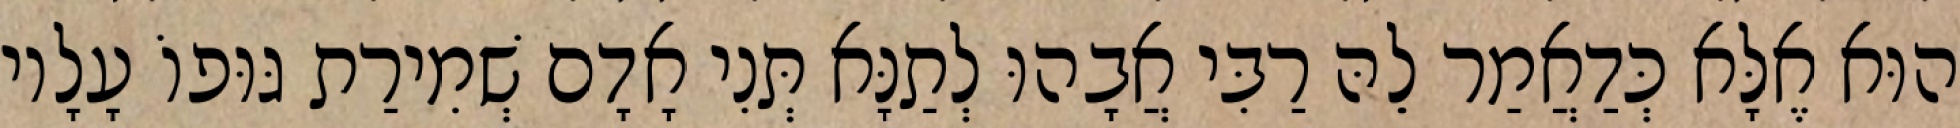
הוּא אֶלָּא כְּדַאֲמַר לֵהּ רַבִּי אֲבָהוּ לְתַנָּא תְּנִי אָדָם שְׁמִירַת גּוּפוֹ עָלָיו